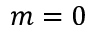
m = 0